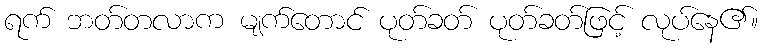
ရက် ဘတ်တလာက မျက်တောင် ပုတ်ခတ် ပုတ်ခတ်ဖြင့် လုပ်နေ၏။